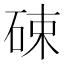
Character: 𱴂